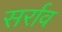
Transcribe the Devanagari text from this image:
सर्राव